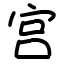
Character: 宫